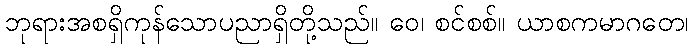
ဘုရားအစရှိကုန်သောပညာရှိတို့သည်။ ဝေ၊ စင်စစ်။ ယာစကမာဂတေ၊